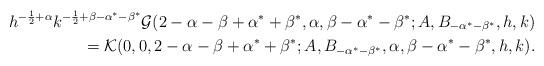
LaTeX: \begin{align*}h^{-\frac{1}{2}+\alpha} k^{-\frac{1}{2}+\beta-\alpha^*-\beta^*} \mathcal{G}(2-\alpha-\beta+\alpha^*+\beta^*,\alpha,\beta-\alpha^*-\beta^*;A,B_{-\alpha^*-\beta^*},h,k) \\= \mathcal{K}(0,0,2-\alpha-\beta+\alpha^*+\beta^*;A,B_{-\alpha^*-\beta^*},\alpha,\beta-\alpha^*-\beta^*,h,k).\end{align*}